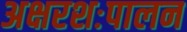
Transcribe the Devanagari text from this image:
अक्षरशःपालन